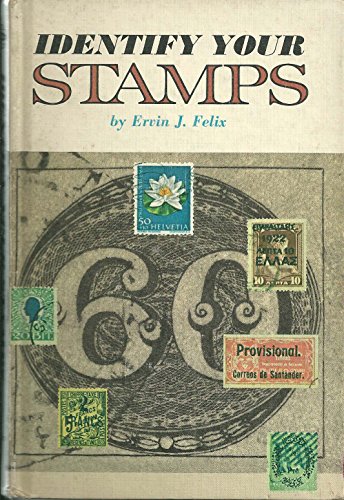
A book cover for Identify your stamps,; Ervin J Felix; Crafts, Hobbies & Home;